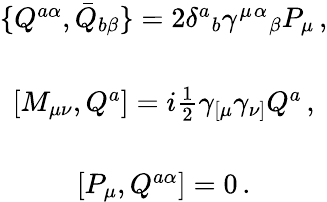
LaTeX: \begin{array}{c}{{\{ Q^{a\alpha},\bar{Q}_{b\beta}\} =2\delta^{a}{}_{b}\gamma^{\mu}{}^{\alpha}{}_{\beta}P_{\mu}\, ,}}\\ {{{}}}\\ {{{}[M_{\mu\nu},Q^{a}]=i\textstyle{\frac{1}{2}}\gamma_{[\mu}\gamma_{\nu]}Q^{a}\, ,}}\\ {{{}}}\\ {{{}[{P}_{\mu},Q^{a\alpha}]=0\, .}}\end{array}